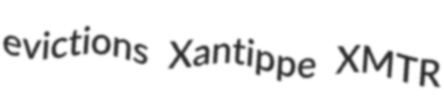
evictions Xantippe XMTR